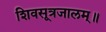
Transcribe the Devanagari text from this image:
शिवसूत्रजालम्॥